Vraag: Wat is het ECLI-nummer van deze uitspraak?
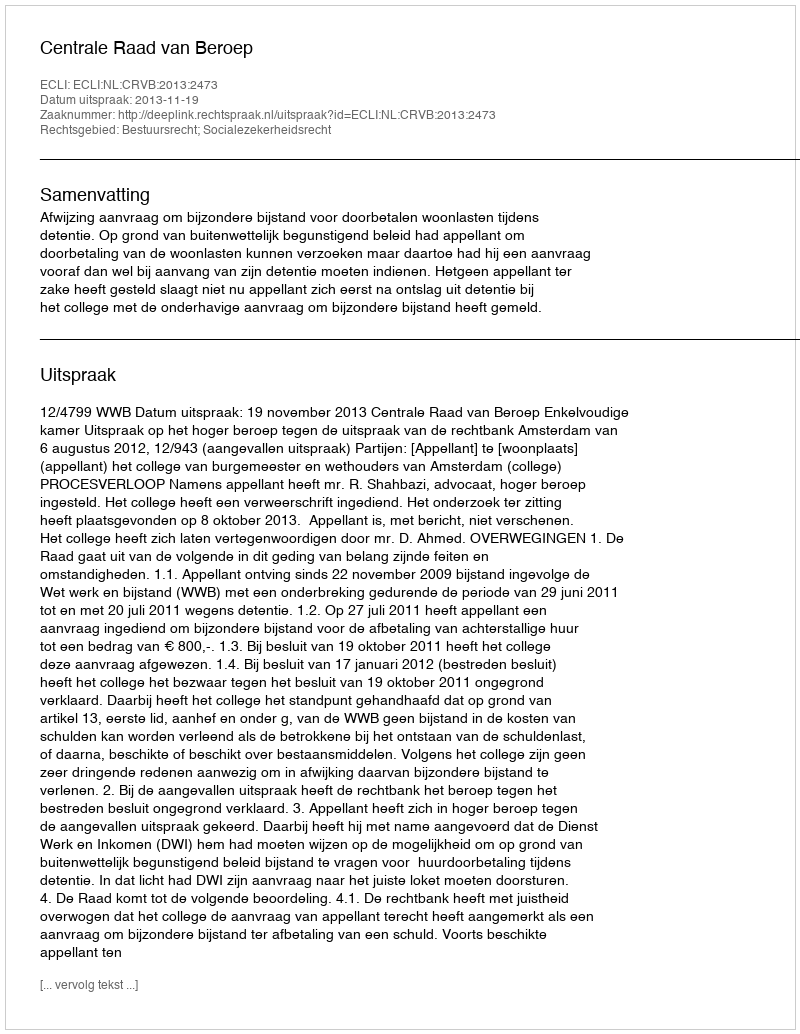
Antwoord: ECLI:NL:CRVB:2013:2473